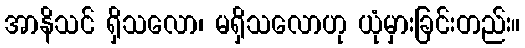
အာနိသင် ရှိသလော၊ မရှိသလောဟု ယုံမှားခြင်းတည်း။